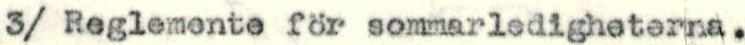
3/ Reglemente för sommarledigheterna.